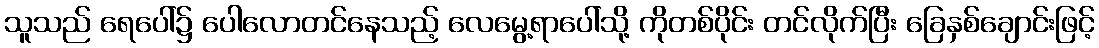
သူသည် ရေပေါ်၌ ပေါလောတင်နေသည့် လေမွေ့ရာပေါ်သို့ ကိုတစ်ပိုင်း တင်လိုက်ပြီး ခြေနှစ်ချောင်းဖြင့်